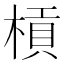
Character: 槓